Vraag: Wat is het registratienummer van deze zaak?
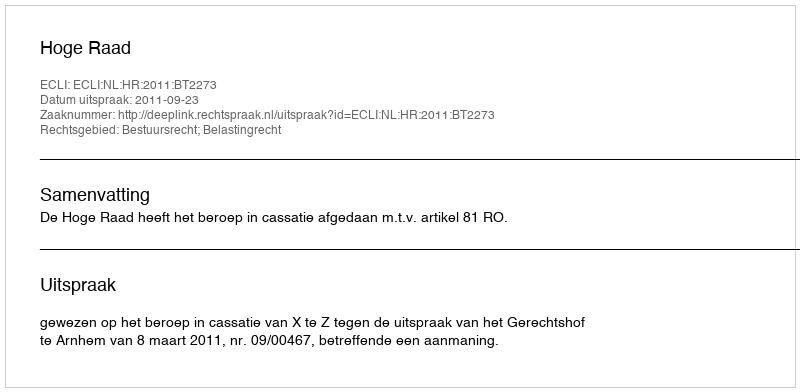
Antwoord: http://deeplink.rechtspraak.nl/uitspraak?id=ECLI:NL:HR:2011:BT2273